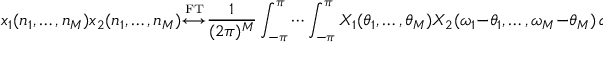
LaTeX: x _ { 1 } ( n _ { 1 } , \ldots , n _ { M } ) x _ { 2 } ( n _ { 1 } , \ldots , n _ { M } ) { \overset { \underset { \mathrm { F T } } { } } { \longleftrightarrow } } { \frac { 1 } { ( 2 \pi ) ^ { M } } } \int _ { - \pi } ^ { \pi } \cdots \int _ { - \pi } ^ { \pi } X _ { 1 } ( \theta _ { 1 } , \ldots , \theta _ { M } ) X _ { 2 } ( \omega _ { 1 } - \theta _ { 1 } , \ldots , \omega _ { M } - \theta _ { M } ) \, d \theta _ { 1 } \cdots d \theta _ { M }